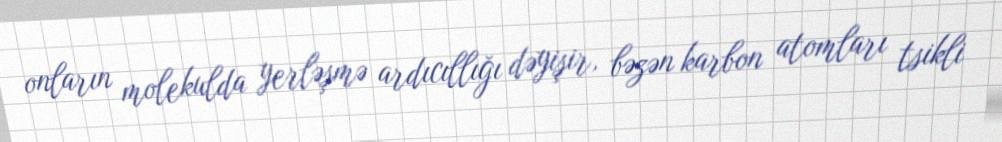
onların molekulda yerləşmə ardıcıllığı dəyişir, bəzən karbon atomları tsikli